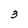
Character: 3